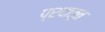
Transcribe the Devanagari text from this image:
प्रदात्त